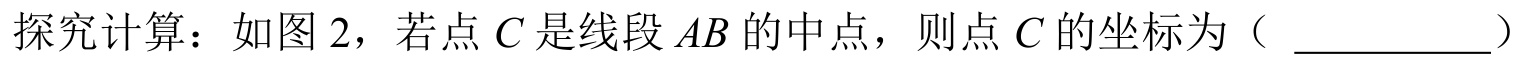
探究计算：如图 2，若点$C$是线段$AB$的中点，则点$C$的坐标为（ \_\_\_\_\_\_\_）